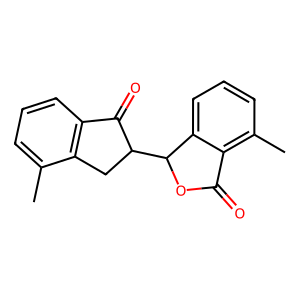
SMILES: Cc1cccc2c1CC(C1OC(=O)c3c(C)cccc31)C2=O
Inhibits HIV replication: No